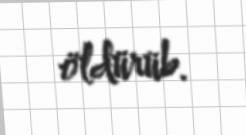
öldürüb.